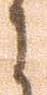
に